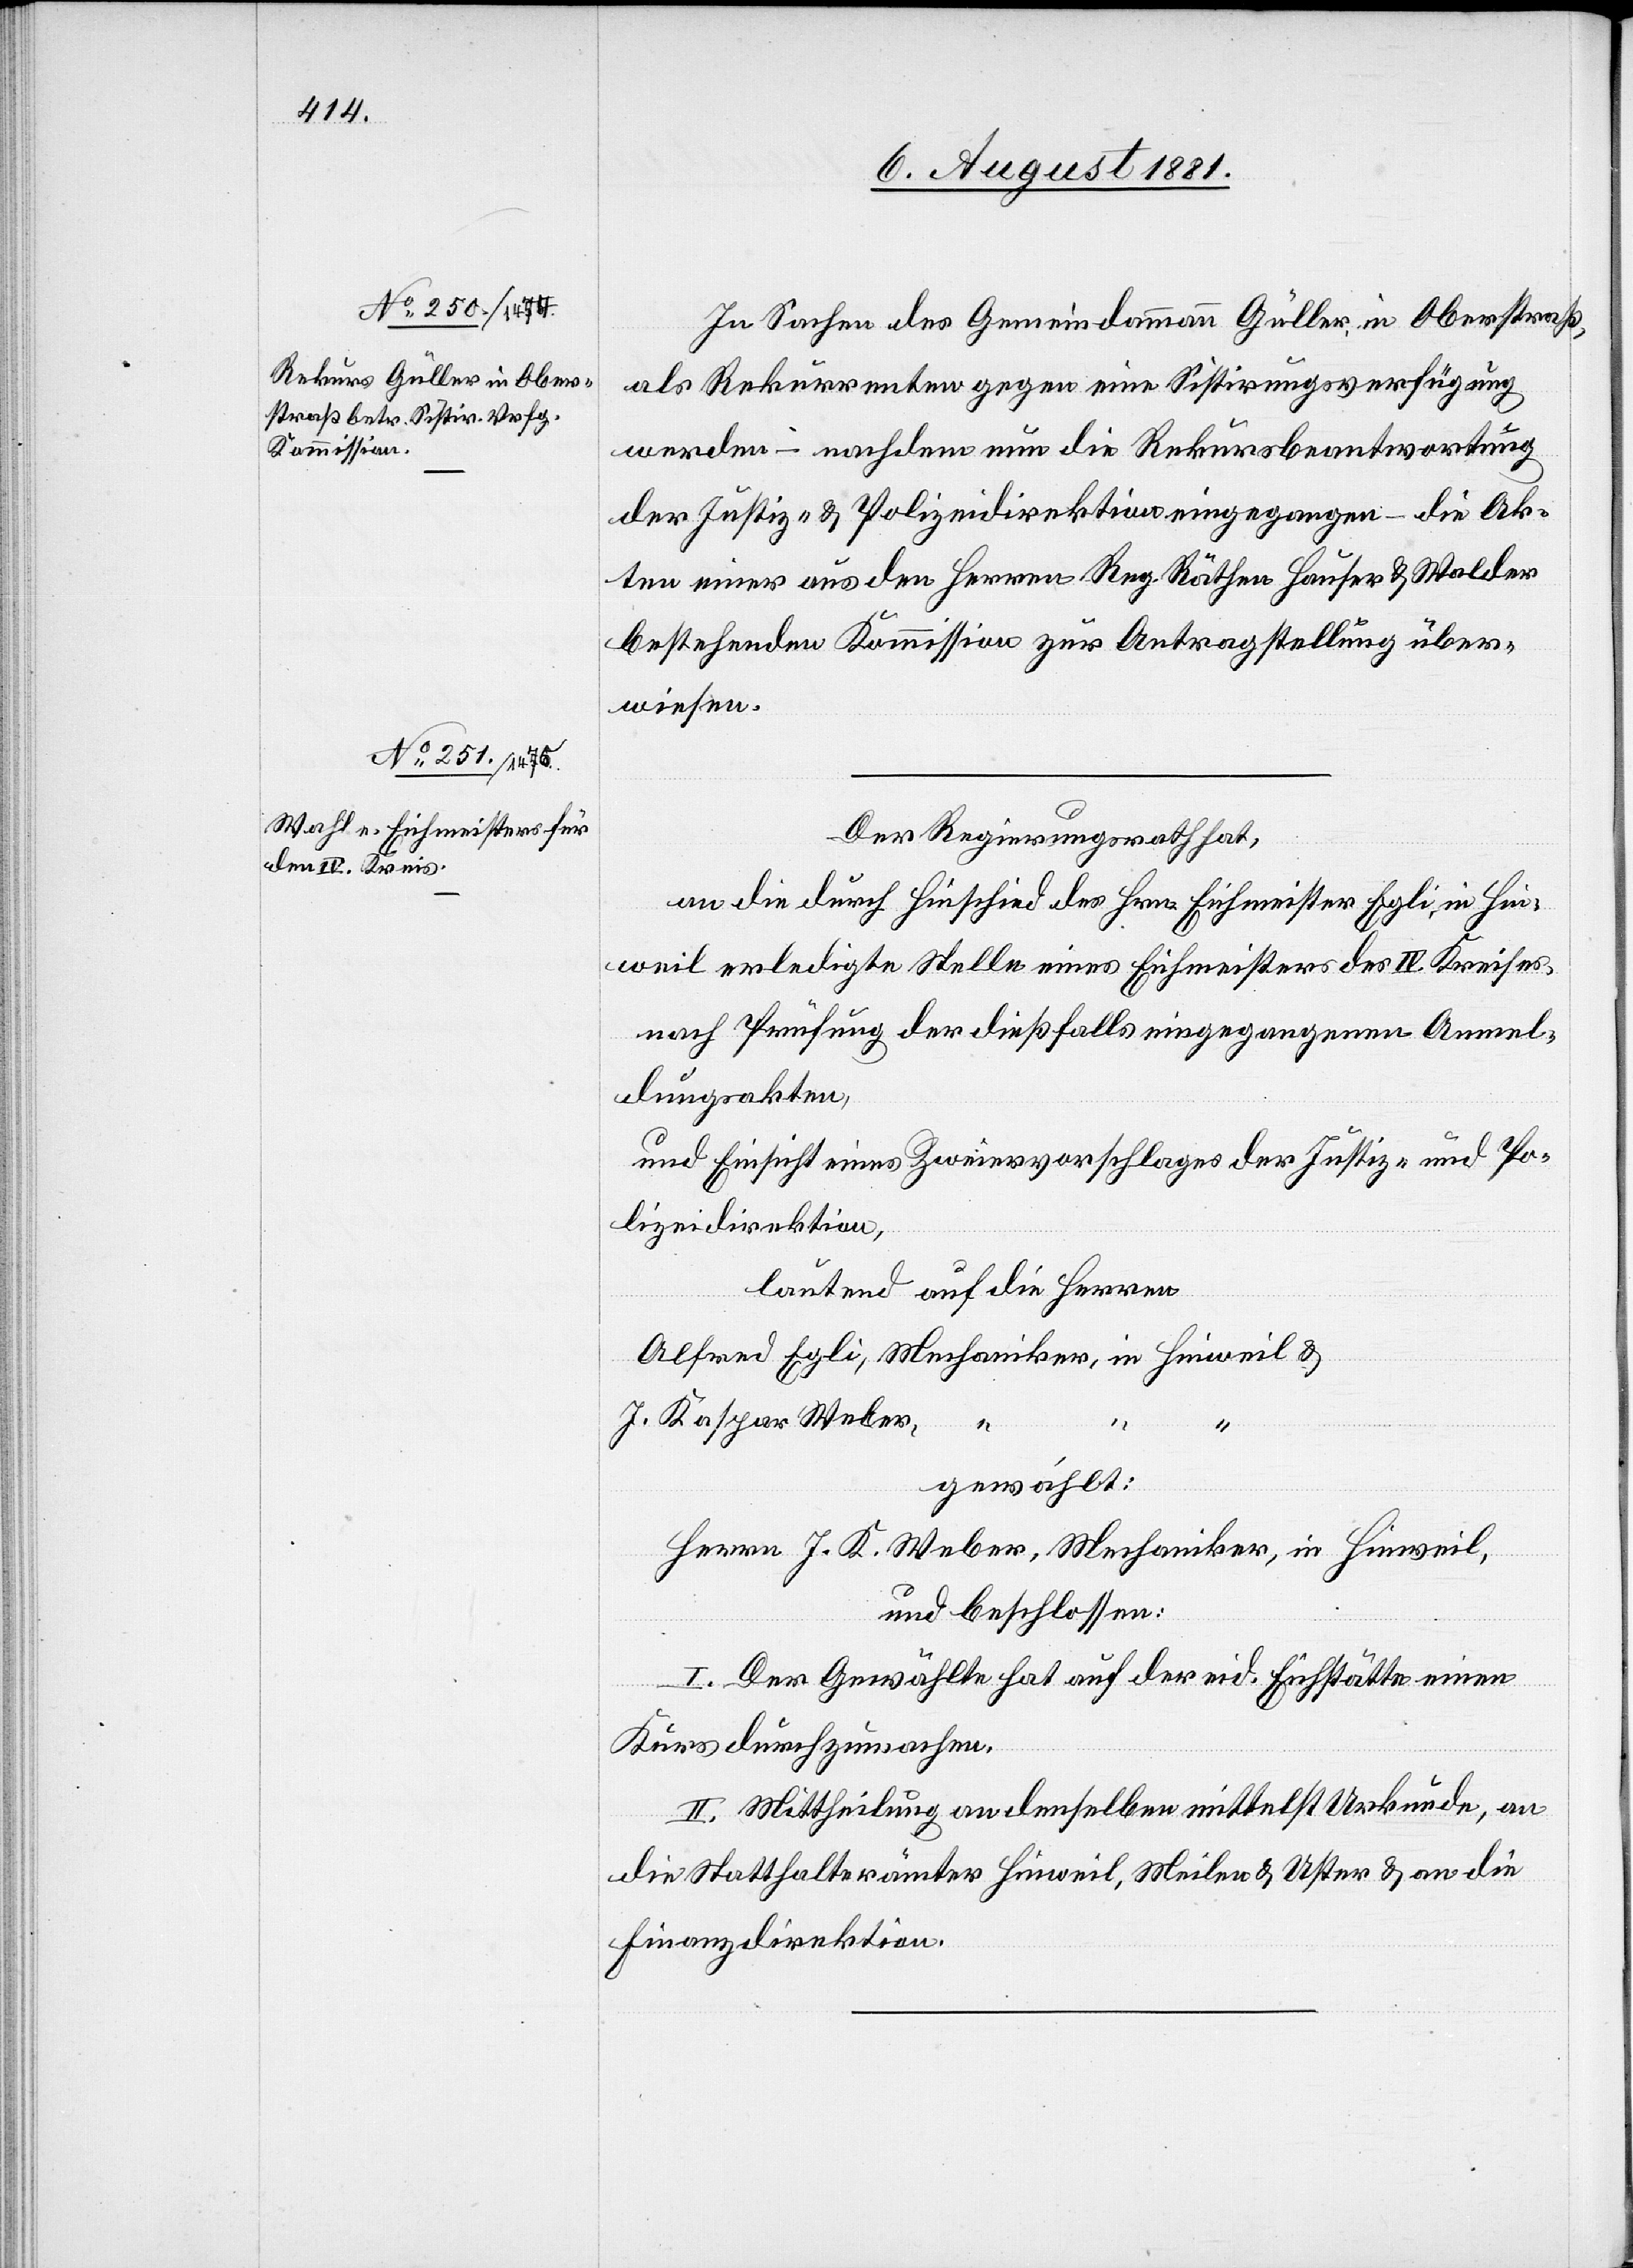
In Sachen des Gemeindammann Güller, in Oberstraß,
als Rekurrenten gegen eine Sisirungsverfügung
werden – nachdem nun die Rekursbeantwortung
der Justiz- & Polizeidirektion eingegangen – die Ak¬
ten einer aus den Herren Reg. Räthen Hauser & Walder
bestehenden Kommission zur Antragstellung über¬
wiesen.
Der Regierungsrath hat,
an die durch Hinscheid des Hrn. Eichmeister Egli, in Hin¬
weil erledigte Stelle eines Eichmeisters des IV. Kreises,
nach Prüfung der dießfalls eingegangenen Anmel¬
dungsakten,
und Einsicht eines Zweiervorschlags der Justiz- & Po¬
lizeidirektion,
lautend auf die Herren
J. Kaspar Weber,
gewählt:
Herrn J. K. Weber, Mechaniker, in Hinweil,
und beschlossen:
I. Der Gewählte hat auf der eid. Eichstätte einen
Kurs durchzumachen.
II. Mittheilung an denselben mittels Urkunde, an
die Statthalterämter Hinweil, Meilen & Uster & an die
Finanzdirektion.